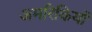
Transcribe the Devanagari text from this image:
अमरिकियों